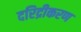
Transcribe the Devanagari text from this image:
दरिद्रीकरण